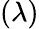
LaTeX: (\lambda)